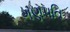
ગણપતિ